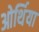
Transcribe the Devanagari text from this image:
ओर्थिया